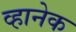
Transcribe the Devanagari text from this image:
व्हानेक